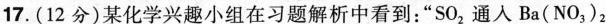
17.(12分)某化学兴趣小组在习题解析中看到：”S0_{2}通人Ba(NO_{3})_{2}